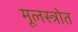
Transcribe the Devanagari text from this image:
मूलस्त्रोत